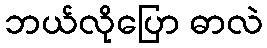
ဘယ်လိုပြော ဓာလဲ